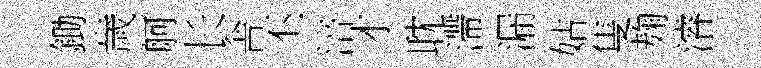
鋤歲舸长舎丕涪才耽滯漏姑隻麹濬